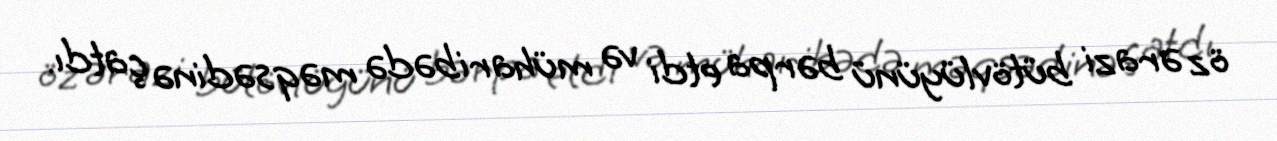
öz ərazi bütövlüyünü bərpa etdi və müharibədə məqsədinə çatdı.